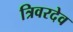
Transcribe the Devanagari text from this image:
त्रिवरदेव